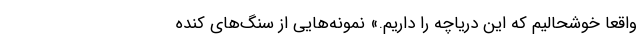
واقعاً خوشحالیم که این دریاچه را داریم.» نمونه‌هایی از سنگ‌های کنده